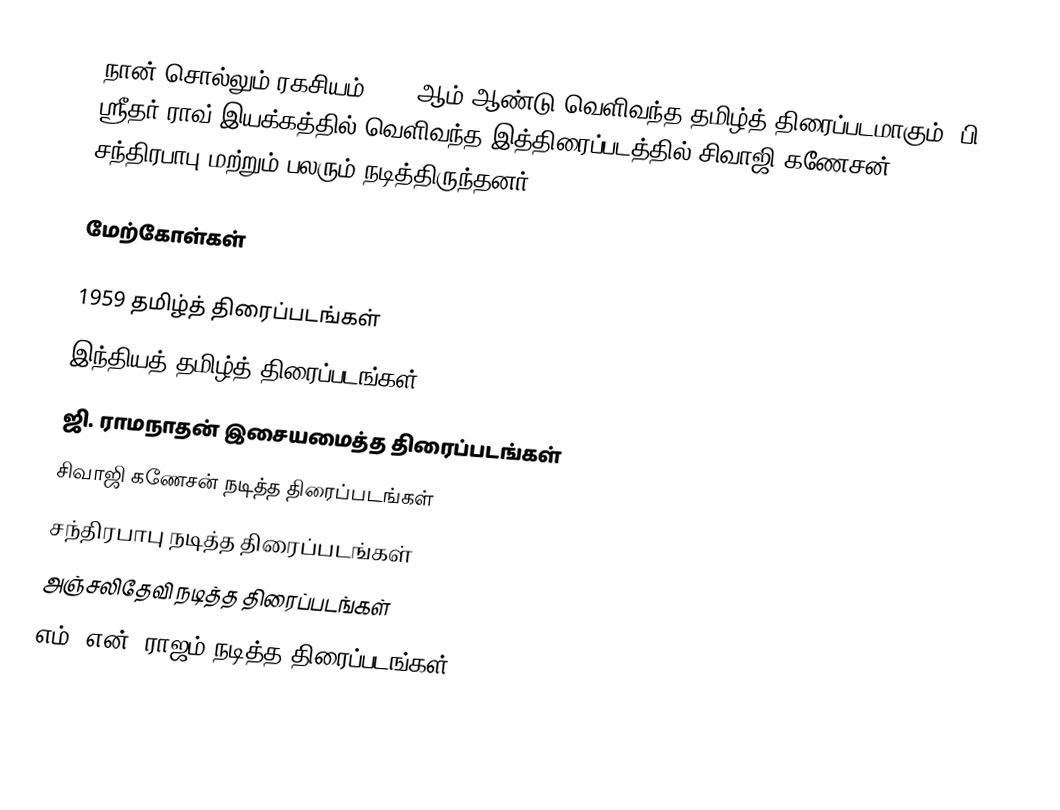
நான் சொல்லும் ரகசியம் 1959 ஆம் ஆண்டு வெளிவந்த தமிழ்த் திரைப்படமாகும். பி. ஸ்ரீதர் ராவ் இயக்கத்தில் வெளிவந்த இத்திரைப்படத்தில் சிவாஜி கணேசன், சந்திரபாபு மற்றும் பலரும் நடித்திருந்தனர்.

மேற்கோள்கள்

1959 தமிழ்த் திரைப்படங்கள்
இந்தியத் தமிழ்த் திரைப்படங்கள்
ஜி. ராமநாதன் இசையமைத்த திரைப்படங்கள்
சிவாஜி கணேசன் நடித்த திரைப்படங்கள்
சந்திரபாபு நடித்த திரைப்படங்கள்
அஞ்சலிதேவி நடித்த திரைப்படங்கள்
எம். என். ராஜம் நடித்த திரைப்படங்கள்